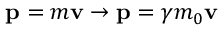
\mathbf { p } = m \mathbf { v } \rightarrow \mathbf { p } = \gamma m _ { 0 } \mathbf { v }